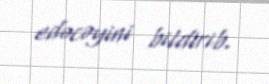
edəcəyini bildirib.